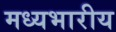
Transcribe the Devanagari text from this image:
मध्यभारीय